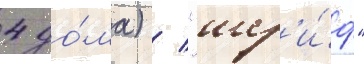
4 до́ма) / "шер'и́ф"